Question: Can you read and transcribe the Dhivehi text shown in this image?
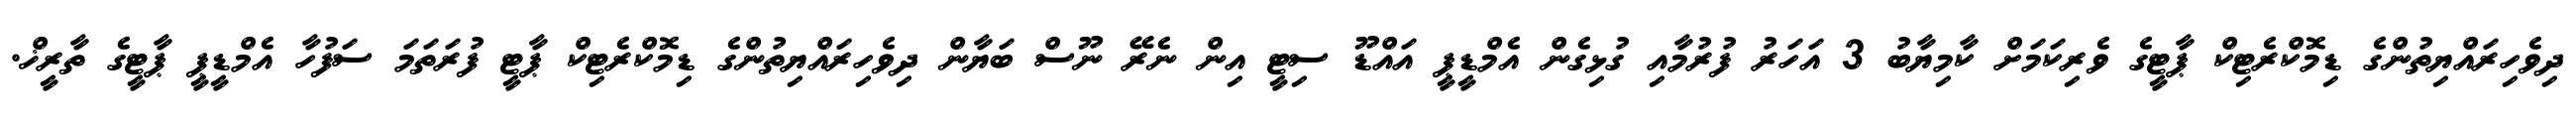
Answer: ދިވެހިރައްޔިތުންގެ ޑިމޮކްރެޓިކް ޕާޓީގެ ވެރިކަމަށް ކާމިޔާބު 3 އަހަރު ފުރުމާއި ގުޅިގެން އެމްޑީޕީ އައްޑޫ ސިޓީ އިން ނެރޭ ނޫސް ބަޔާން ދިވެހިރައްޔިތުންގެ ޑިމޮކްރެޓިކް ޕާޓީ ފުރަތަމަ ސަފުހާ އެމްޑީޕީ ޕާޓީގެ ތާރީޚް.